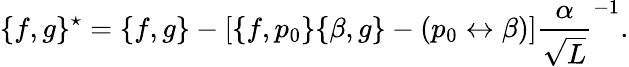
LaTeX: \{ f,g\} ^{\star}=\{ f,g\} -[\{ f,p_{0}\} \{ \beta,g\} -(p_{0}\leftrightarrow\beta)]\frac{\alpha}{\sqrt{L}}^{-1}.